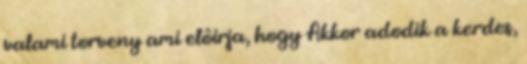
valami torveny ami elôirja, hogy Akkor adodik a kerdes,